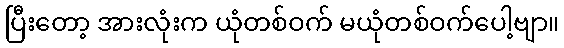
ပြီးတော့ အားလုံးက ယုံတစ်ဝက် မယုံတစ်ဝက်ပေါ့ဗျာ။